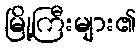
မြို့ကြီးများ၏